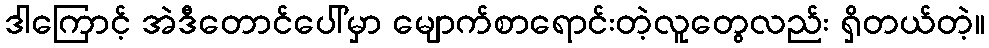
ဒါကြောင့် အဲဒီတောင်ပေါ်မှာ မျောက်စာရောင်းတဲ့လူတွေလည်း ရှိတယ်တဲ့။